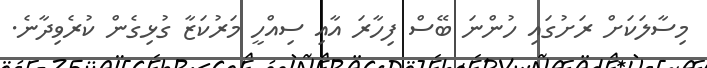
މިސާލަކަށް ރަށުގައި ހުންނަ ބޭސް ފިހާރަ އާއި ސިއްހީ މަރުކަޒާ ގުޅިގެން ކުރެވިދާނެ.